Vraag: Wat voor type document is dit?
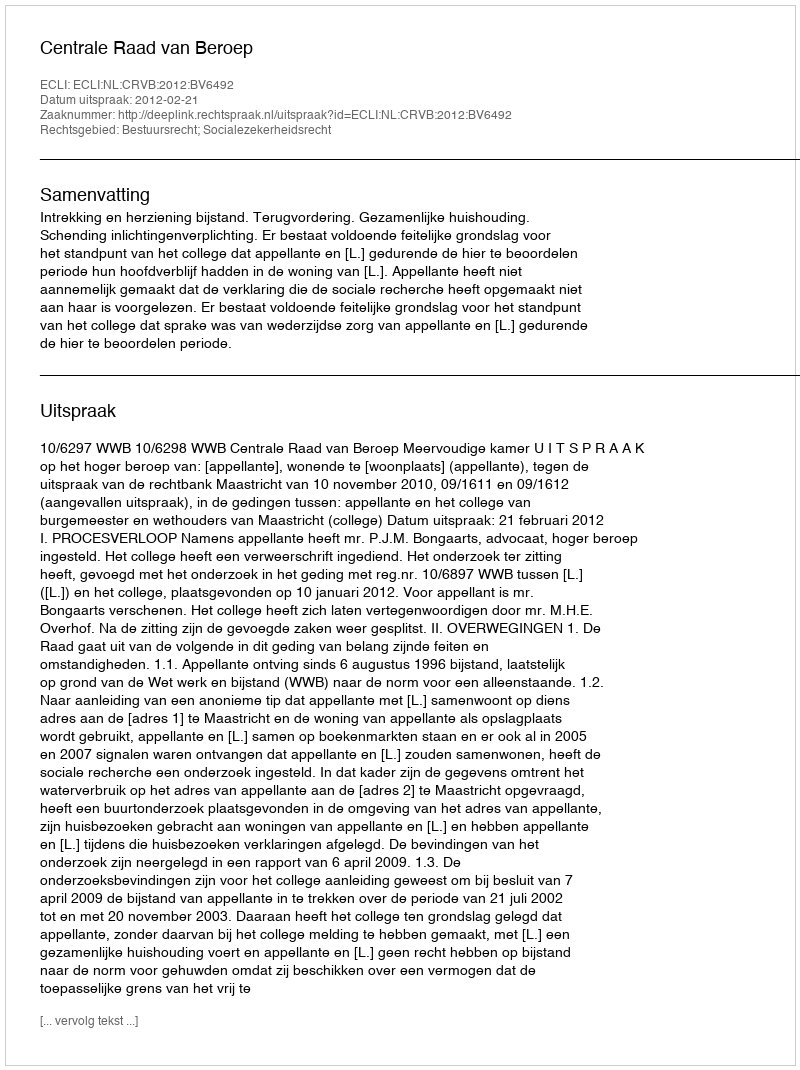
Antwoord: Uitspraak